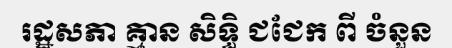
រដ្ឋសភា គ្មាន សិទ្ធិ ជជែក ពី ចំនួន